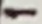
Text: 1